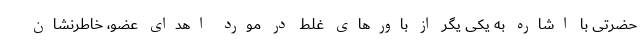
حضرتی با اشاره به یکی یگر از باورهای غلط در مورد اهدای عضو،‌ خاطرنشان